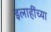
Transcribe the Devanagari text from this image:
इलाहींच्या